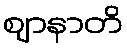
ဈာနာတိ